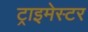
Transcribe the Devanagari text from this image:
ट्राइमेस्टर